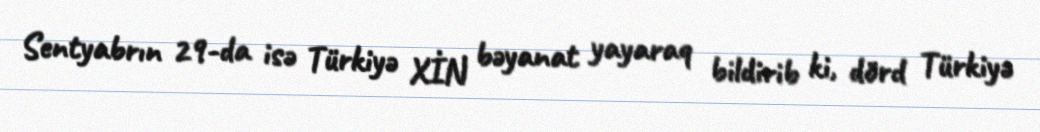
Sentyabrın 29-da isə Türkiyə XİN bəyanat yayaraq bildirib ki, dörd Türkiyə